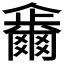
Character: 𠑂